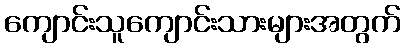
ကျောင်းသူကျောင်းသားများအတွက်